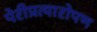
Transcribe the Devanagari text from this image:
पेरीप्रत्यारोपण